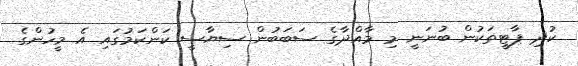
ކުދި ޕާޓީތަކުން ބުނަނީ މި މާއްދާގެ ސަބަބުން ސިޔާސީ ކަންކަމުގައި އެ މީހުންގެ